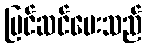
ပြင်ဆင်ပေးသည်